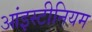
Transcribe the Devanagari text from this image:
आंइस्टीनियम